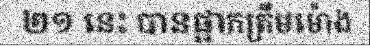
២១ នេះ បានផ្អាកត្រឹមម៉ោង